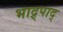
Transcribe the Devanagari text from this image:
भाद्र्पाद्